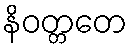
နိဝတ္တတေ